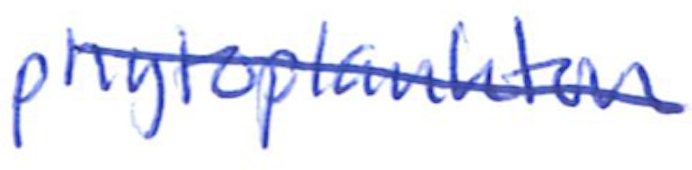
Text: phytoplankton
Cross-out: diagonal
Writing tool: ballpoint